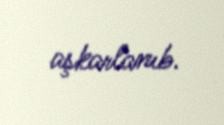
aşkarlanıb.